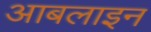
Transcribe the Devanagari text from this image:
आबलाइन